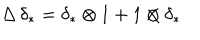
LaTeX: \Delta \, \delta _ { * } = \delta _ { * } \otimes 1 + 1 \otimes \delta _ { * }